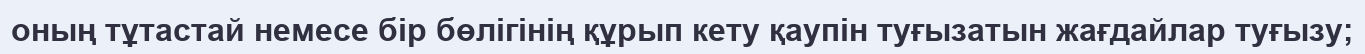
оның тұтастай немесе бір бөлігінің құрып кету қаупін туғызатын жағдайлар туғызу;